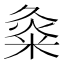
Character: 𱹇